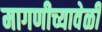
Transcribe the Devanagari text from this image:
मागणीच्यावेळी